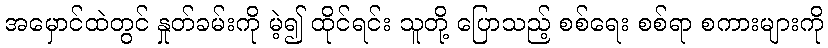
အမှောင်ထဲတွင် နှုတ်ခမ်းကို မဲ့၍ ထိုင်ရင်း သူတို့ ပြောသည့် စစ်ရေး စစ်ရာ စကားများကို